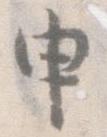
申